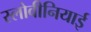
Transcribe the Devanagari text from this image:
स्लोवीनियाई